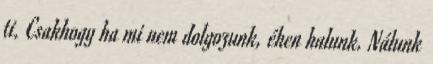
ti. Csakhogy ha mi nem dolgozunk, éhen halunk. Nálunk